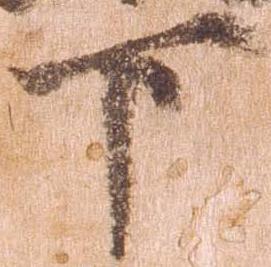
下